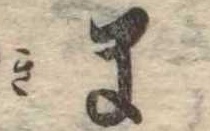
ま